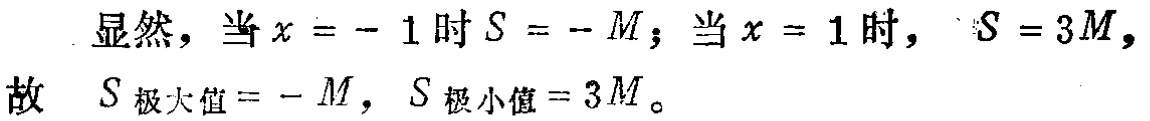
显然，当\(x = - 1\)时\(S = - M\)；当\(x = 1\)时， \(S = 3M\)，
故 \(S_{极大值}= - M\)，\(S_{极小值}= 3M\)。